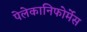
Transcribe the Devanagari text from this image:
पेलेकानिफोर्मेस